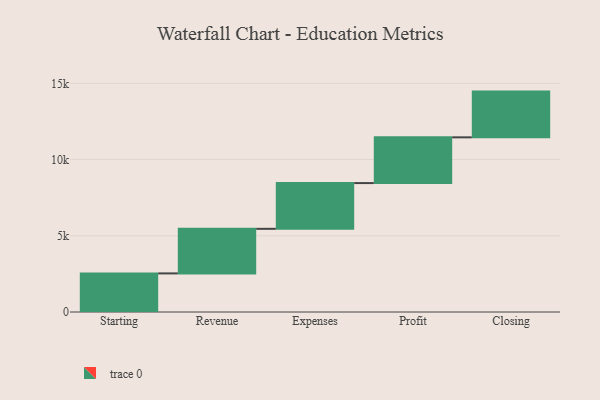
{"axis": {"x": "Step", "y": "Value"}, "legend": [""], "data": [{"x": "Starting", "y": 2532.0, "type": ""}, {"x": "Revenue", "y": 2924.0, "type": ""}, {"x": "Expenses", "y": 3000, "type": ""}, {"x": "Profit", "y": 3000, "type": ""}, {"x": "Closing", "y": 3000, "type": ""}]}